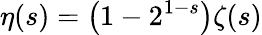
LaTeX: \eta(s)=\left(1-2^{1-s}\right)\zeta(s)